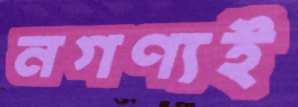
নগণ্যই